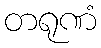
တရုဏံ